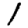
Digit: 1